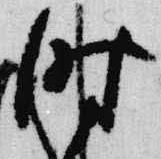
時